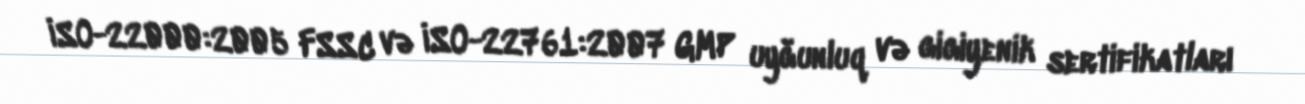
İSO-22000:2005 FSSC və İSO-22761:2007 GMP uyğunluq və gigiyenik sertifikatları